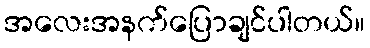
အလေးအနက်ပြောချင်ပါတယ်။